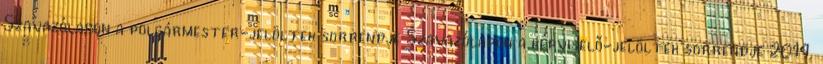
Szavazólapon a polgármester-jelöltek sorrendje Szavazólapon a képviselő-jelöltek sorrendje 2014.